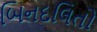
બિનદલિતો